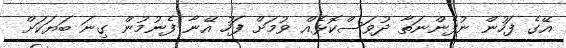
އޭގެ ފަހުން ނުފެންނަތާ ދުވަސްކޮޅެއް ވުމަށް ފަހު އޭނާ ފެނުމުން ގިނަ ބަޔަކަށް